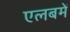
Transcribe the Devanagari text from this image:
एलबमें